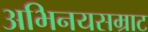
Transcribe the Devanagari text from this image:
अभिनयसम्राट